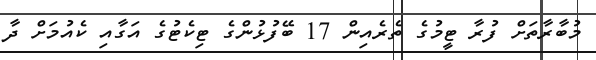
މުބާރާތަށް ފުރާ ޓީމުގެ ތެރެއިން 17 ބޭފުޅުންގެ ޓިކެޓުގެ އަގާއި ކެއުމަށް ދާ